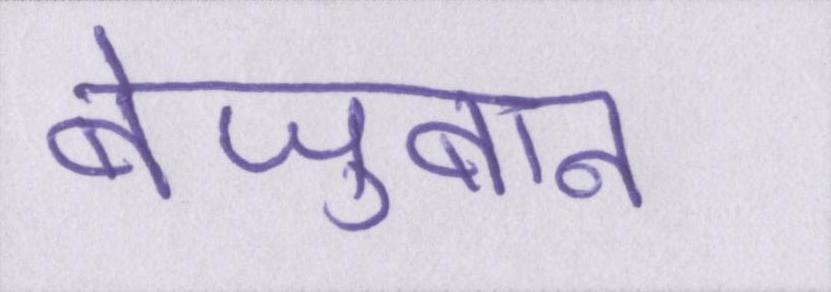
बेज़ुबान